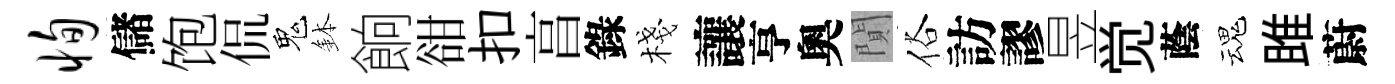
恂儲饱侃鬼鉢餉𧮳扣亯錄棧讓亨奧閴俗訪謬昱觉蔭魂雎蔚